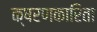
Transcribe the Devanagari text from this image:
क्षरणकारिता